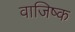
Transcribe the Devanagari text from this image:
वाजिष्क